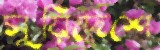
সুয়িদেশে